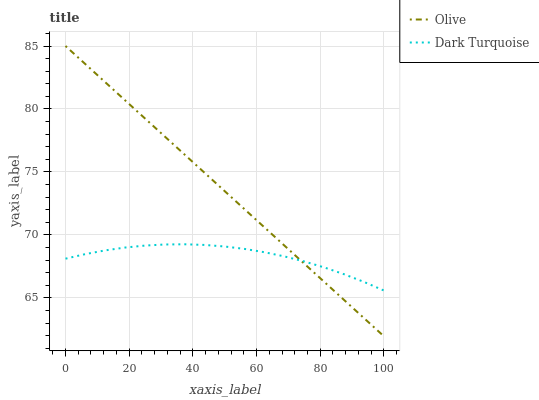
| xaxis_label | Olive | Dark Turquoise |
 | --- | --- | --- |
 | 0 | 85 | 68.1 |
 | 6.25 | 83.6 | 68.5 |
 | 12.5 | 82.1 | 68.8 |
 | 18.8 | 80.7 | 69 |
 | 25 | 79.2 | 69.2 |
 | 31.2 | 77.8 | 69.2 |
 | 37.5 | 76.4 | 69.3 |
 | 43.8 | 74.9 | 69.2 |
 | 50 | 73.5 | 69.1 |
 | 56.2 | 72 | 68.9 |
 | 62.5 | 70.6 | 68.6 |
 | 68.8 | 69.2 | 68.3 |
 | 75 | 67.7 | 67.9 |
 | 81.2 | 66.3 | 67.4 |
 | 87.5 | 64.8 | 66.9 |
 | 93.8 | 63.4 | 66.3 |
 | 100 | 62 | 65.6 |